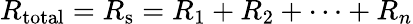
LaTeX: R_{\mathrm{total}}=R_{\mathrm{s}}=R_{1}+R_{2}+\cdots+R_{n}